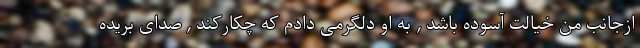
ازجانب من خیالت آسوده باشد , به او دلگرمی دادم که چکارکند , صدای بریده